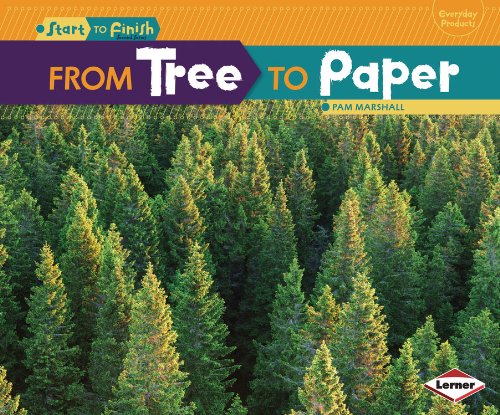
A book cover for From Tree To Paper (Start to Finish); Pam Marshall; Children's Books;